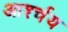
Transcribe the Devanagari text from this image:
आर्श्चय